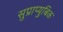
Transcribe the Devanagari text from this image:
सुप्राप्युबिक